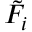
\tilde { F } _ { i }